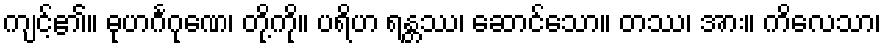
ကျင့်၏။ ဓုဟင်္ဂဂုဏေ၊ တို့ကို။ ပရိဟ ရန္တဿ၊ ဆောင်သော။ တဿ၊ အား။ ကိလေသာ၊